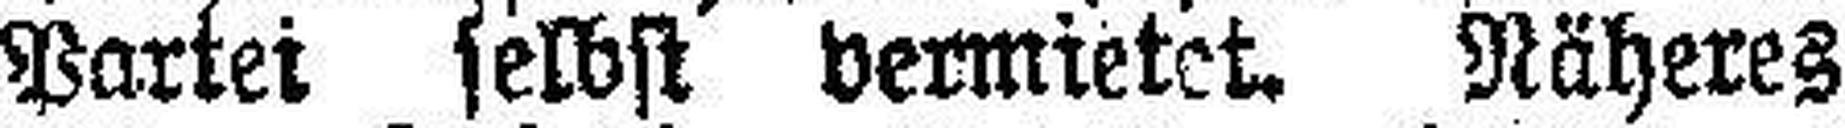
Partei selbst vermietet. Näheres